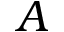
A